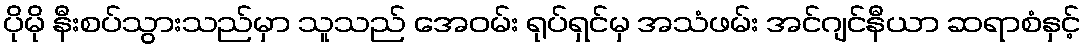
ပိုမို နီးစပ်သွားသည်မှာ သူသည် အေဝမ်း ရုပ်ရှင်မှ အသံဖမ်း အင်ဂျင်နီယာ ဆရာစံနှင့်